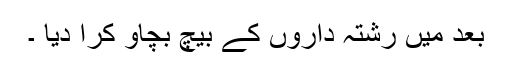
بعد میں رشتہ داروں کے بیچ بچاو کرا دیا ۔